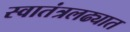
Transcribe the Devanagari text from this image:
स्वातंत्रलढ्यात